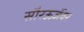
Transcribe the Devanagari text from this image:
सौरऊर्जेवर